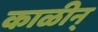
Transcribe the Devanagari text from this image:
काळीन्